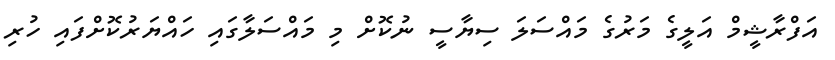
އަފްރާޝީމް އަލީގެ މަރުގެ މައްސަލަ ސިޔާސީ ނުކޮށް މި މައްސަލާގައި ހައްޔަރުކޮށްފައި ހުރި